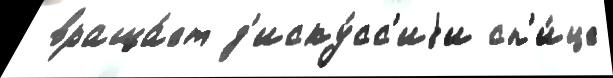
 враща́ет д'иску́сс'иjи сп'и́це